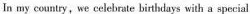
In my country, we celebrate birthdays with a special